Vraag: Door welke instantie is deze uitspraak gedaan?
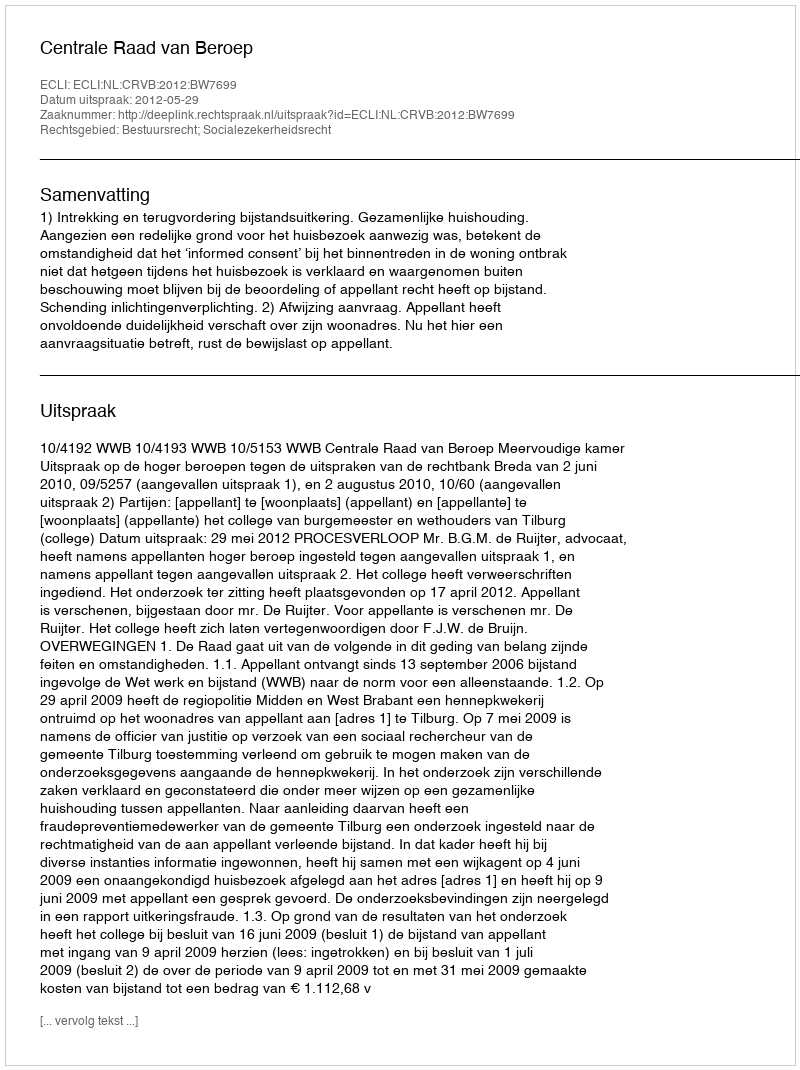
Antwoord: Centrale Raad van Beroep